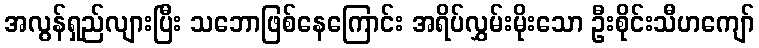
အလွန်ရှည်လျားပြီး သဘောဖြစ်နေကြောင်း အရိပ်လွှမ်းမိုးသော ဦးစိုင်းသီဟကျော်